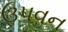
ઉપવન